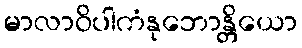
မာလာဝိပါကံနုဘောန္တိယော